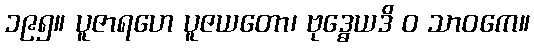
၁၉၅။ ပူဇာရဟေ ပူဇယတော၊ ဗုဒ္ဓေယဒိ ဝ သာဝကေ။